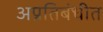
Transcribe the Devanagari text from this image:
अप्रतिबंधीत